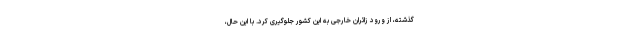
گذشته، از ورود زائران خارجی به این کشور جلوگیری کرد. با این حال،